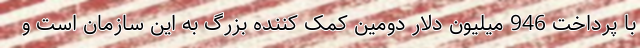
با پرداخت 946 میلیون دلار دومین کمک کننده بزرگ به این سازمان است و